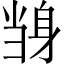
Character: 𲄝